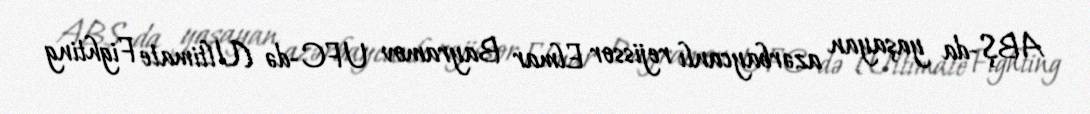
ABŞ-da yaşayan azərbaycanlı rejissor Elmar Bayramov UFC-də (Ultimate Fighting